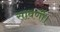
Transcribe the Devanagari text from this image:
सावर्णी।